Lunatic asylums Punjab 1881-1894 - 1881-1894
Year: 1881
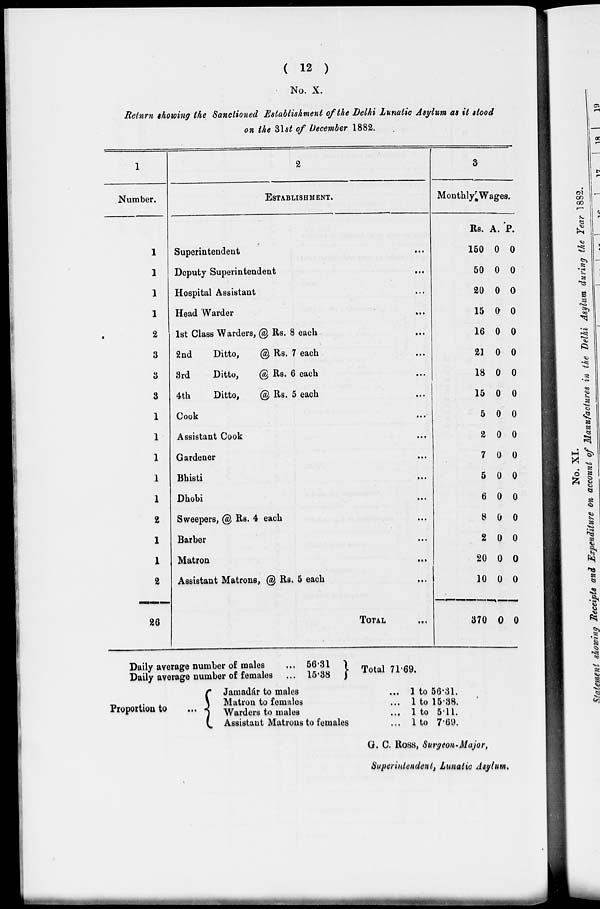
( 12 )
No. X.
Return showing the Sanctioned Establishment of the Delhi Lunatic Asylum as it stood
on the 31st of December 1882.
1
Number.
1
1
1
1
2
3
3
3
1
1
1
1
1
2
1
1
2
26
2
ESTABLISHMENT
Superintendent
...
Deputy Superintendent
...
Hospital Assistant
...
Head Warder
...
1st Class Warders,@ Rs. 8 each
...
2nd
Ditto,@ Rs. 7 each
...
3rd
Ditto,@ Rs. 6 each
...
4th
Ditto,@ Rs. 5 each
...
Cook
...
Assistant Cook
...
Gardener
...
Bhisti
...
Dhobi
...
Sweepers, @ Rs. 4 each
...
Barber
...
Matron
...
Assistant Matrons, @ Rs. 5 each
...
TOTAL ...
3
Monthly Wages.
Rs.
150
50
20
15
16
21
18
15
5
2
7
5
6
8
2
20
10
370
A.
0
0
0
0
0
0
0
0
0
0
0
0
0
0
0
0
0
0
P.
0
0
0
0
0
0
0
0
0
0
0
0
0
0
0
0
0
0
Daily average number of males
...56.31
Daily average number of females
...15.38
Total 71.69.
Proportion to
...
Jamadár to males ...
Matron to females ...
Warders to males ...
Assistant Matrons to females ...
1 to 56.31.
1 to 15.38.
1 to 5.11.
1 to 7.69.
G. C. ROSS, Surgeon-Major,
Superintendent, Lunatic Asylum.